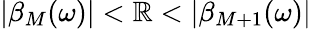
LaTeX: |\beta_{M}(\omega)|<\mathbb{R}<|\beta_{M+1}(\omega)|